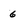
Character: 6